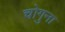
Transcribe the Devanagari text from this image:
चोगुना